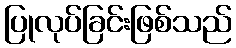
ပြုလုပ်ခြင်းဖြစ်သည်